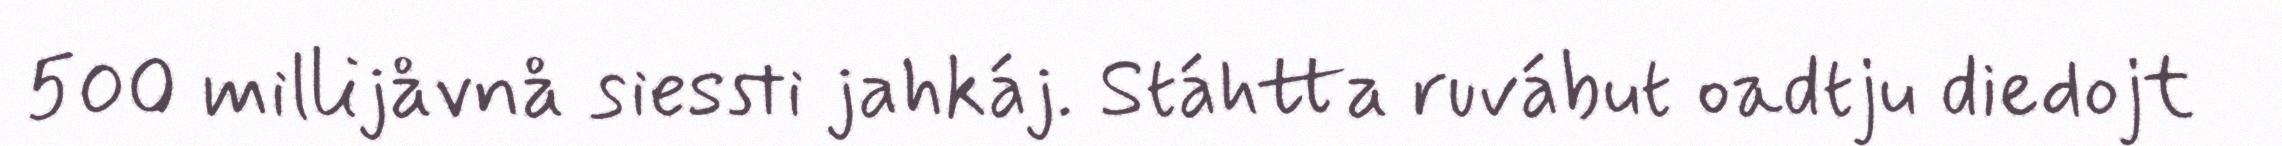
500 millijåvnå siessti jahkáj. Stáhtta ruvábut oadtju diedojt